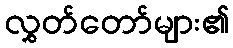
လွှတ်တော်များ၏